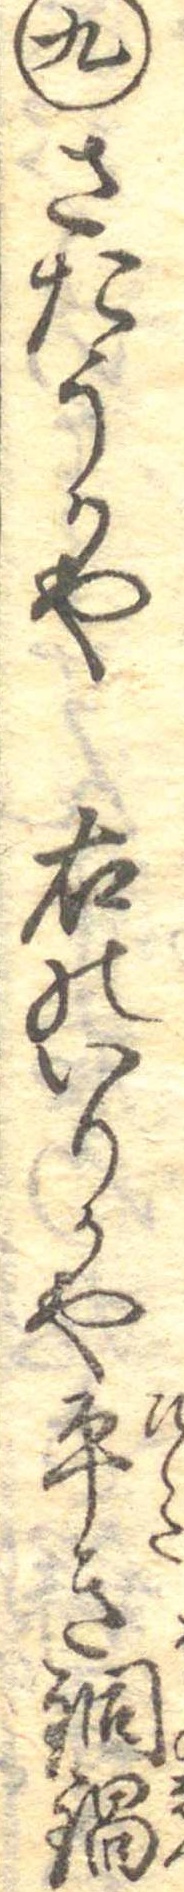
九さたうかや右のいりかや平き銅鍋